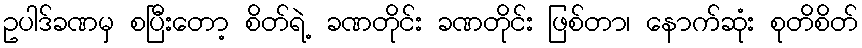
ဥပါဒ်ခဏမှ စပြီးတော့ စိတ်ရဲ့ ခဏတိုင်း ခဏတိုင်း ဖြစ်တာ၊ နောက်ဆုံး စုတိစိတ်